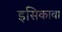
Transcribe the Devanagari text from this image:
इसिकावा